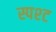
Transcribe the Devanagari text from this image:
स्पश्‍ट